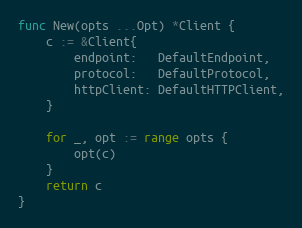
Language: Go
func New(opts ...Opt) *Client {
	c := &Client{
		endpoint:   DefaultEndpoint,
		protocol:   DefaultProtocol,
		httpClient: DefaultHTTPClient,
	}

	for _, opt := range opts {
		opt(c)
	}
	return c
}